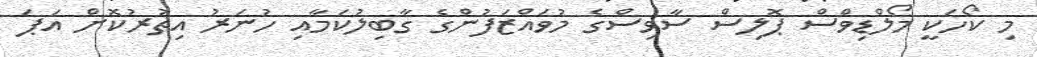
މި ކޯހަކީ މޯލްޑިވްސް ޕޮލިސް ސާވިސްގެ މުވައްޒަފުންގެ ގާބިލުކަމާއި ހުނަރު އިތުރުކޮށް އަޕަ